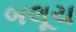
બલૂચ